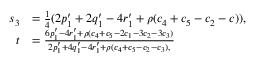
\begin{array} { r l } { s _ { 3 } } & { = \frac { 1 } { 4 } ( 2 p _ { 1 } ^ { \prime } + 2 q _ { 1 } ^ { \prime } - 4 r _ { 1 } ^ { \prime } + \rho ( c _ { 4 } + c _ { 5 } - c _ { 2 } - c ) ) , } \\ { t } & { = \frac { 6 p _ { 1 } ^ { \prime } - 4 r _ { 1 } ^ { \prime } + \rho ( c _ { 4 } + c _ { 5 } - 2 c _ { 1 } - 3 c _ { 2 } - 3 c _ { 3 } ) } { 2 p _ { 1 } ^ { \prime } + 4 q _ { 1 } ^ { \prime } - 4 r _ { 1 } ^ { \prime } + \rho ( c _ { 4 } + c _ { 5 } - c _ { 2 } - c _ { 3 } ) , } } \end{array}